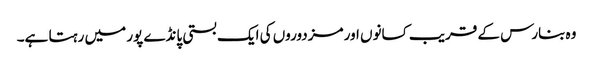
وہ بنارس کے قریب کسانوں اور مزدوروں کی ایک بستی پانڈے پور میں رہتا ہے۔